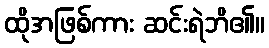
ထိုအဖြစ်ကား ဆင်းရဲဘိ၏။